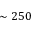
\sim 2 5 0